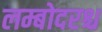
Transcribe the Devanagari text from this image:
लम्बोदरश्च